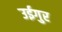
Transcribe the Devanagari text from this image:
उईगुर